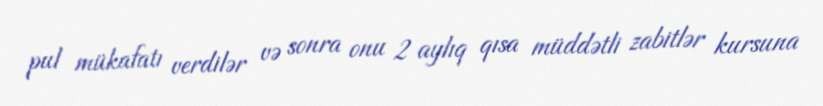
pul mükafatı verdilər və sonra onu 2 aylıq qısa müddətli zabitlər kursuna